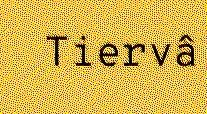
Tiervâ